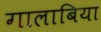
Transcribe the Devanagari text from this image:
गालाबिया